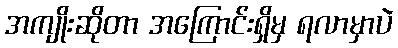
အကျိုးဆိုတာ အကြောင်းရှိမှ ရလာမှာပဲ